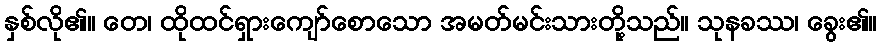
နှစ်လို၏။ တေ၊ ထိုထင်ရှားကျော်စောသော အမတ်မင်းသားတို့သည်။ သုနခဿ၊ ခွေး၏။